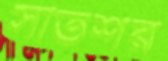
সাতশর